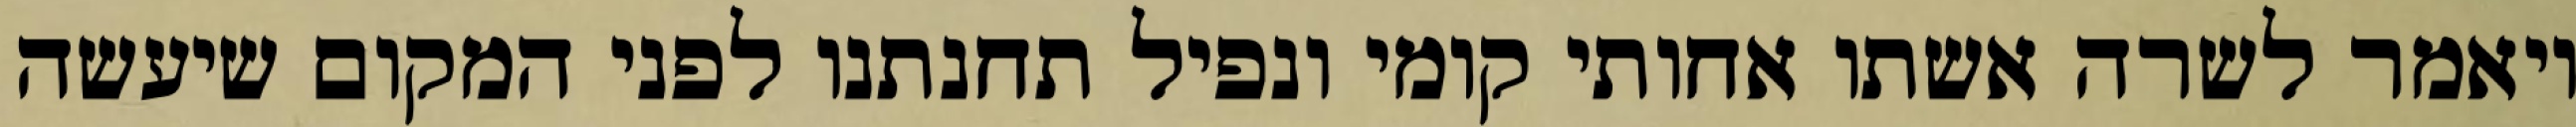
ויאמר לשרה אשתו אחותי קומי ונפיל תחנתנו לפני המקום שיעשה